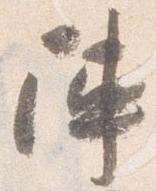
陣